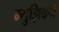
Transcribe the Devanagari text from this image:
म्युझिकने